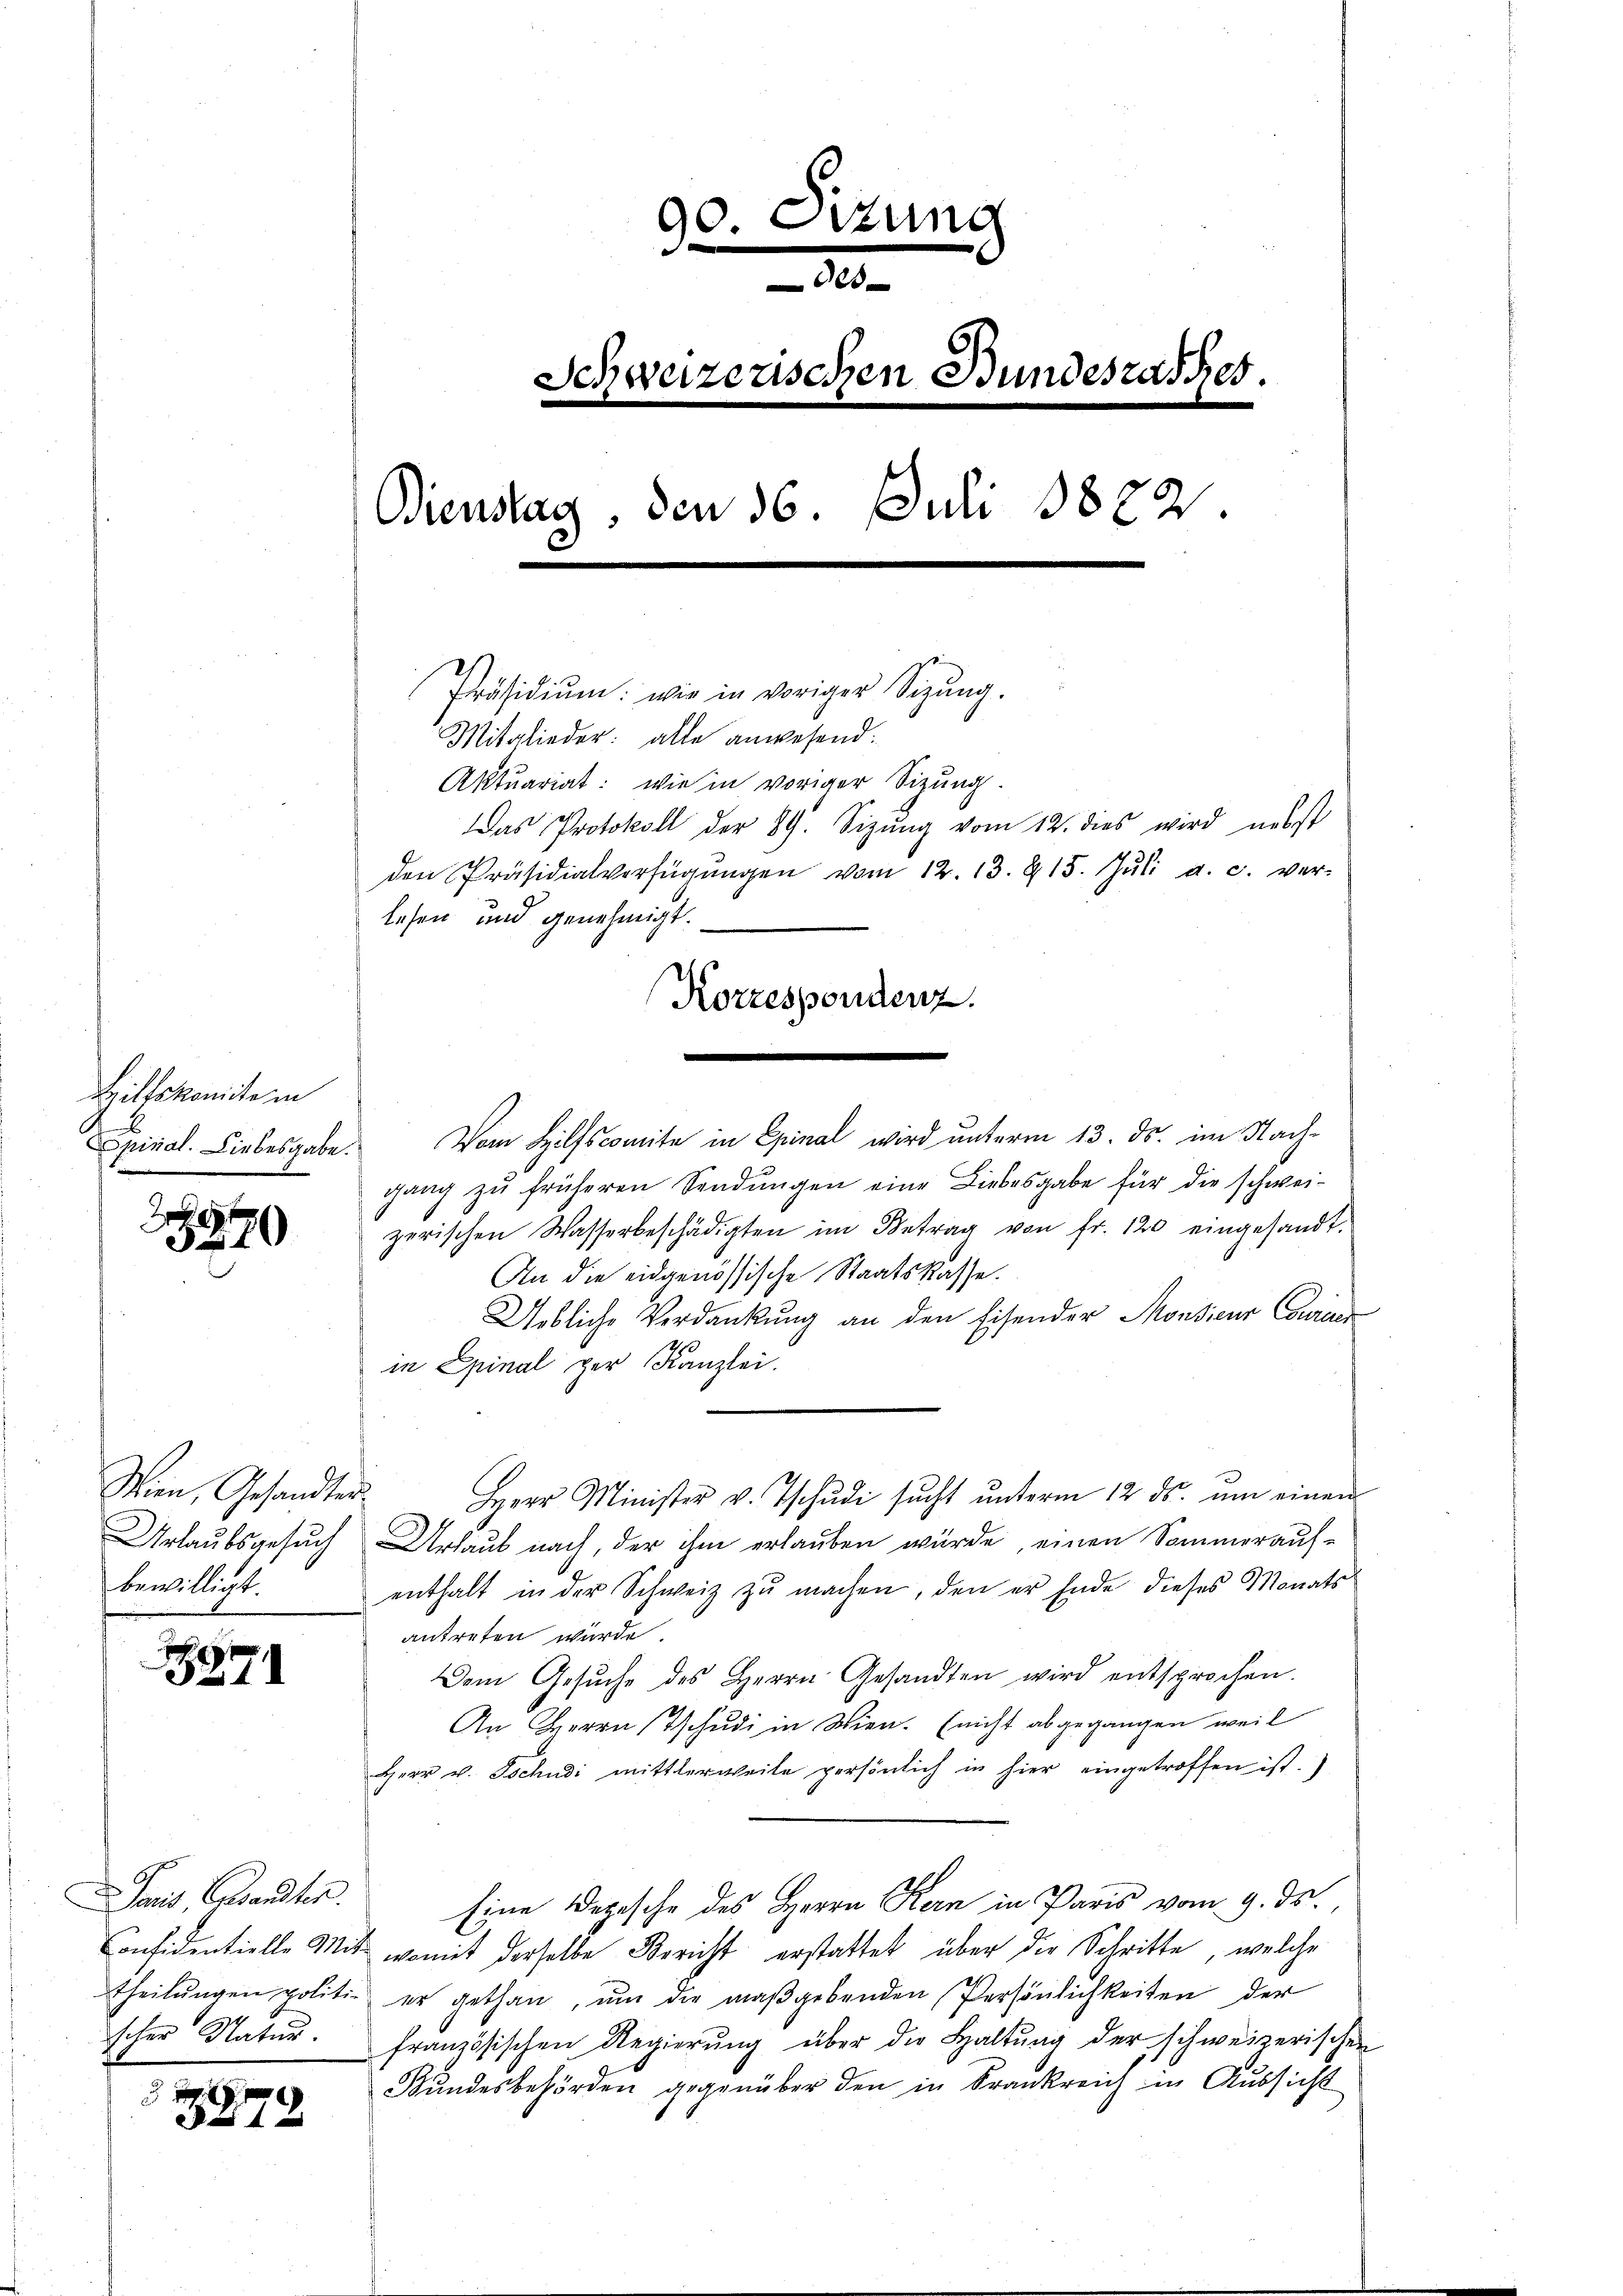
Biltskomite in

2979

Wien, Gesandten.
bewilligt.

7

Paris, Gesandter
scher Natur.

.
1879

90. Setzung
.

300
Schweizerischen Bundesrathes.
Bienstag, den 36. Juli 1882.
Präsidiŭm: wie in voriger Sitzŭng.
Mitglieder: alle anwesend:
Aktuariat: wie in voriger Sizung.
Das Protokoll der 89. Sizŭng vom 12. dies wird nebst
den Präsidialverfügŭngen vom 12. 13. 815. Jŭli a. c. ver-
lesen und genehmigt.
Korrespondenz.

Epinal. Liebesgabe. Vom Hilfscomite in Epinal wird unterm 13. ds. im Nach-
gang zŭ früheren Sendŭngen eine Liebesgabe für die schwei-
zerischen Wasserbeschädigten im Betrag von fr. 120 eingesandt.
An die eidgenössische Staatskasse.
Uebliche Verdankung an den Eisender Monsieur Cowicer
in Epinal per Kanzlei.
Herr Minister v. Tschŭdi sŭcht ŭnterm 12 ds. ŭm einen
Urlaubsgesŭch Urlaub nach, der ihm erlaŭben würde, einen Sommeraŭf-
enthalt in der Schweiz zu machen, den er Ende dieses Monats
antreten wurde.
Dem Gesŭche des Herrn Gesandten wird entsprochen.
An Herrn Tschudi in Wien. (nicht abgegangen, weil
Herr v. Tschudi mittlerweile persönlich in hier eingetroffen ist.)
Eine Depesche des Herrn Kern in Paris vom 9. ds.
Considentielle Mit womit derselbe Bericht erstattet über die Schritte, welche
theilŭngen politie er gethan, ŭm die maßgebenden Persönlichkeiten der
französischen Regierung über die Haltung der schweizerischen
Bŭndesbehörden gegenüber den in Krankreich in Aussicht